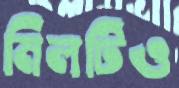
মিলটিও